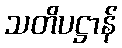
သတိပဋ္ဌာန်